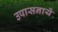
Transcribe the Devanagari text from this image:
उपासनायें